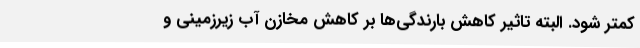
کمتر شود. البته تاثیر کاهش بارندگی‌ها بر کاهش مخازن آب زیرزمینی و